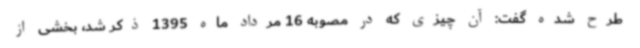
طرح شده گفت: آن چیزی که در مصوبه 16 مرداد ماه 1395 ذکر شد، بخشی از